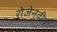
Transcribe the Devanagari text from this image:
रोजेनवीग